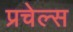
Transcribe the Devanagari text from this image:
प्रचेल्स